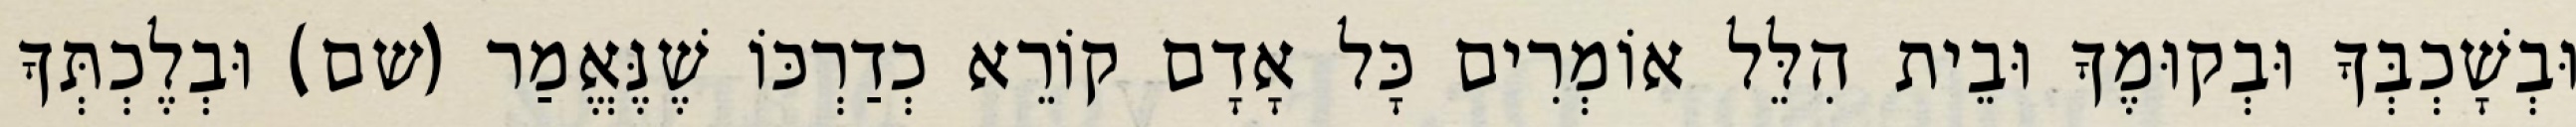
וּבְשָׁכְבְּךָ וּבְקוּמֶךָ וּבֵית הִלֵּל אוֹמְרִים כָּל אָדָם קוֹרֵא כְדַרְכּוֹ שֶׁנֶּאֱמַר (שם) וּבְלֶכְתְּךָ